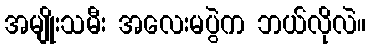
အမျိုးသမီး အလေးမပွဲက ဘယ်လိုလဲ။